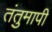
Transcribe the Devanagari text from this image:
तंतुमापी